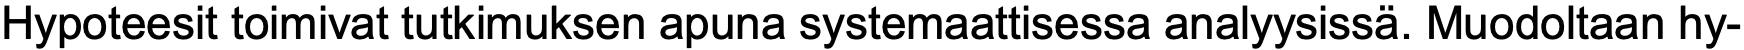
Hypoteesit toimivat tutkimuksen apuna systemaattisessa analyysissä. Muodoltaan hy-